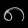
Digit: ၈